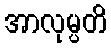
အာလုမ္ပတိ